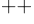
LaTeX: ^{++}